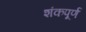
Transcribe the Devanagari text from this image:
शंकपूर्ण